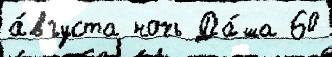
а́вгуста ночь Да́ша 60